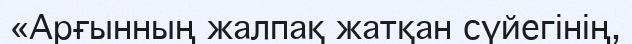
«Арғынның жалпақ жатқан сүйегінің,